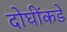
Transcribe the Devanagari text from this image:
दोघींकडे